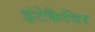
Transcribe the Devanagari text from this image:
इंटेकैविर